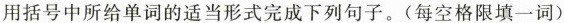
用括号中所给单词的适当形式完成下列句子.(每空格限填一词)